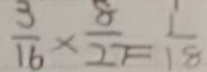
\frac { 3 } { 1 6 } \times \frac { 8 } { 2 7 } = \frac { 1 } { 1 8 }